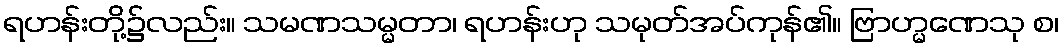
ရဟန်းတို့၌လည်း။ သမဏသမ္မတာ၊ ရဟန်းဟု သမုတ်အပ်ကုန်၏။ ဗြာဟ္မဏေသု စ၊